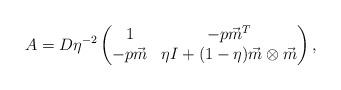
LaTeX: \begin{align*} A = D\eta^{-2}\begin{pmatrix}1 & -p\vec m^T \\-p\vec m & \eta I + (1-\eta) \vec m\otimes\vec m\end{pmatrix} ,\end{align*}